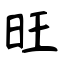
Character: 旺